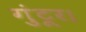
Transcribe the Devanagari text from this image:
गुंटूर।